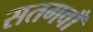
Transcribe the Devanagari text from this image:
सतगवाँ